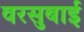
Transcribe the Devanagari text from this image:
वरसुबाई